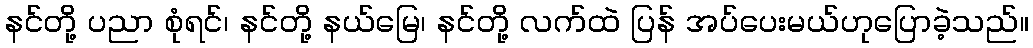
နင်တို့ ပညာ စုံရင်၊ နင်တို့ နယ်မြေ၊ နင်တို့ လက်ထဲ ပြန် အပ်ပေးမယ်ဟုပြောခဲ့သည်။